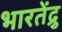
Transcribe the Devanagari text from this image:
भारतेंद्रु